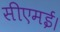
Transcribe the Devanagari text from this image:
सीएमई।